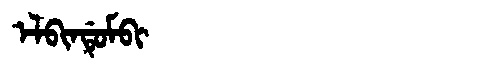
Manchu: ᡝᠯᠪᡳᠨᡩᡠᠮᠪᡳ
Romanization: ELBINDUMBI